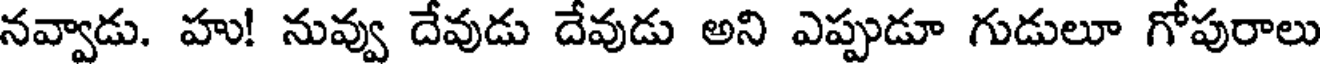
నవ్వాడు. హు! నువ్వు దేవుడు దేవుడు అని ఎప్పుడూ గుడులూ గోపురాలు